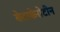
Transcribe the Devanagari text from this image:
बेटाकेरोटीन